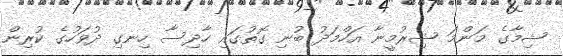
ޝިމާގެ މަންމަ ޝިރުމީނާ އަހްމަދު ބުނި ގޮތުގައި ހާދިސާ ހިނގި ދުވަހުގެ ކުރިން